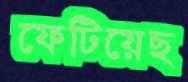
ফেটিয়েছ